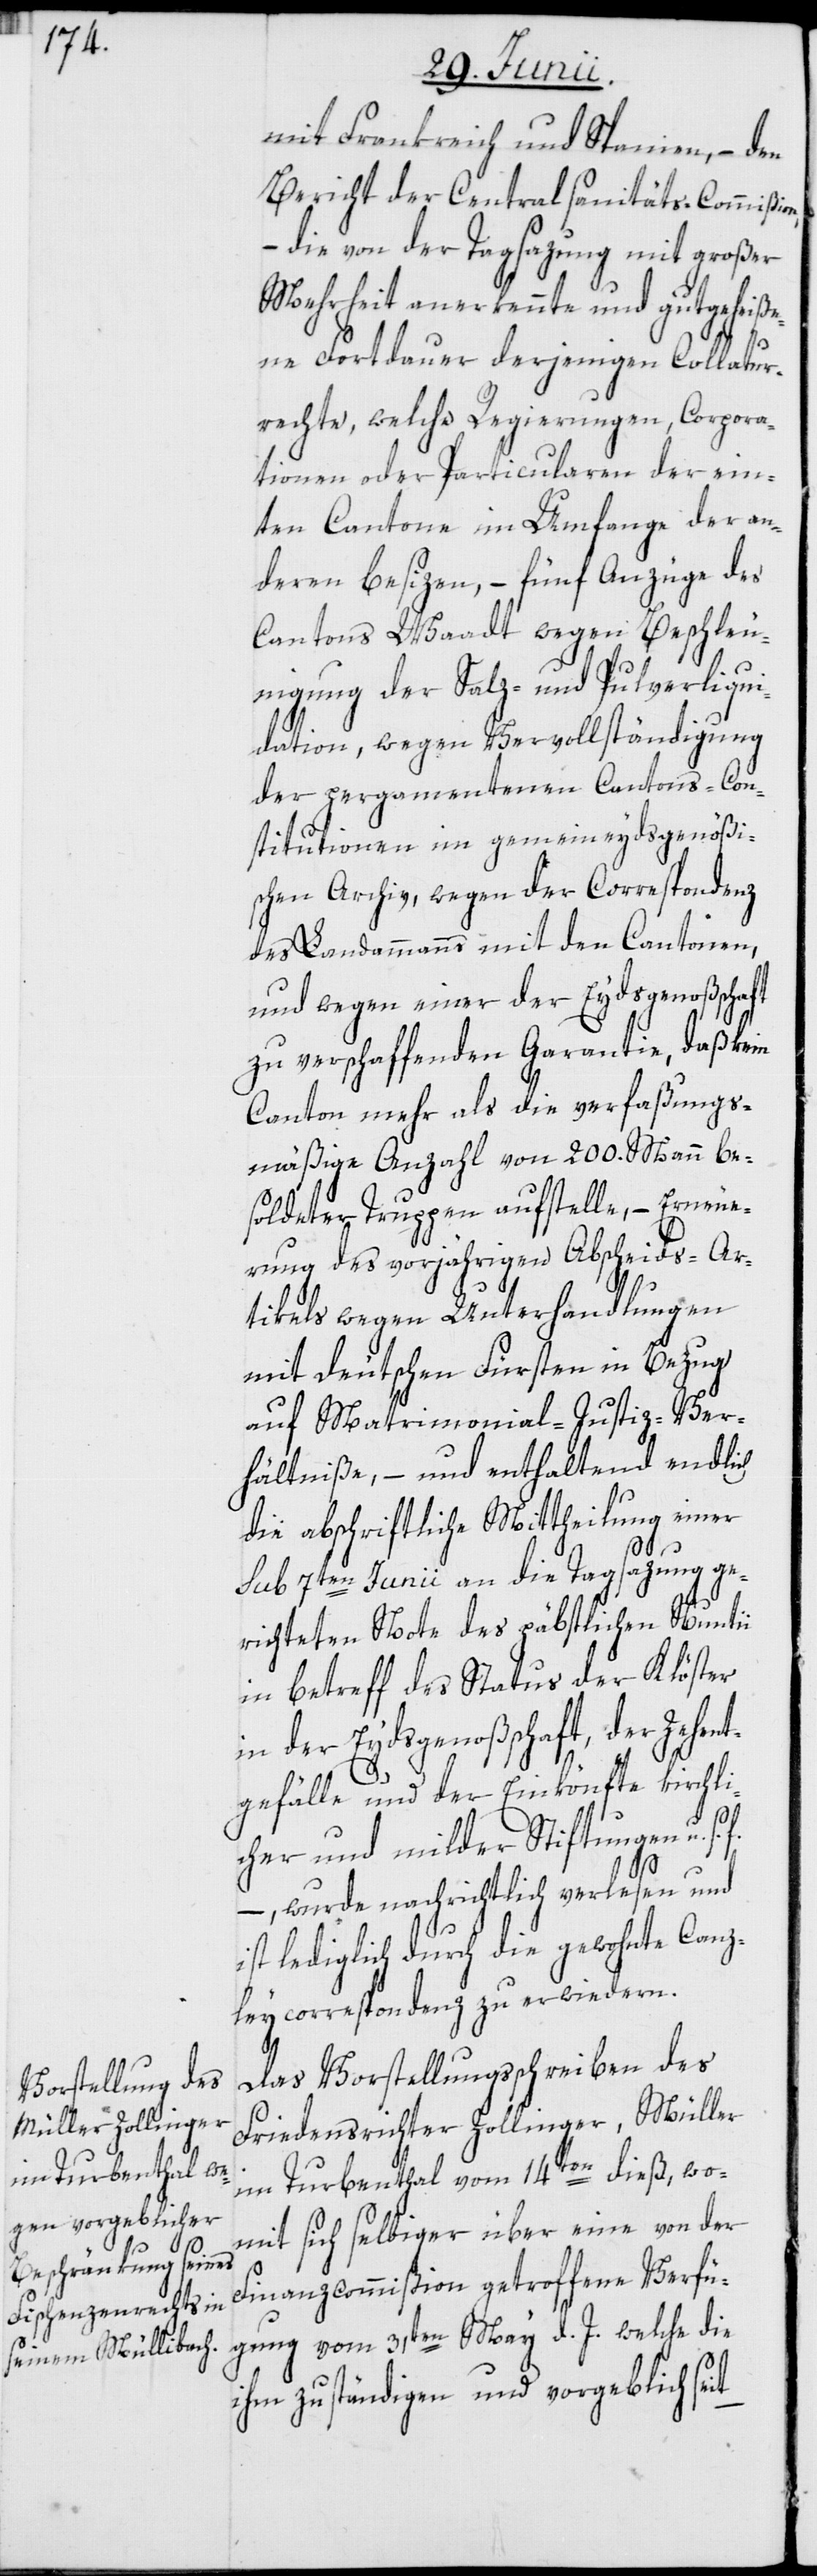
mit Frankreich und Spanien, – den
Bericht der Centralsanitäts-Commißio¬
– die von der Tagsazung mit großer
Mehrheit anerkennte und gutgeheiße¬
ne Fortdauer derjenigen Collatur¬
rechte, welche Regierungen, Corpora¬
tionen oder Particularen der ein¬
ten Cantone im Umfange der an¬
deren besizen, – fünf Anzüge des
Cantons Waadt wegen Beschleu¬
nigung der Salz- und Pulverliqui¬
dation, wegen Vervollständigung
der pergamentenen Cantons-Con¬
stitutionen im gemeineydsgenößi¬
schen Archiv, wegen der Correspondenz
des Landammanns mit den Cantonen,
und wegen einer der Eydsgenoßschaft
zu verschaffenden Garantie, daß kein
Canton mehr als die verfaßungs¬
mäßige Anzahl von 200. Mann be¬
soldeter Truppen aufstelle, – Erneue¬
rung des vorjährigen Abscheids-Ar¬
tikels wegen Unterhandlungen
mit Deutschen Fürsten in Bezug
auf Matrimonial-Justiz-Ver¬
hältniße, – und enthaltend endlich
die abschriftliche Mittheilung einer
sub 7ten Junii an die Tagsazung ge¬
richteten Note des päbstlichen Nuntii
in betreff des Status der Klöster
in der Eydsgenoßschaft, der Zehen¬
t¬
gefälle und der Einkönfte kirchli¬
n,
cher und milder Stiftungen u. s.
–, wurde nachrichtlich verlesen und
ist lediglich durch die gewohnte Canz¬
leycorrespondenz zu erwiedern.
Das Vorstellungsschreiben des
Friedensrichter Zollinger, Müller
im Turbenthal vom 14ten dieß, wo¬
mit sich selbiger über eine von der
Finanzcommißion getroffene Verfü¬
gung vom 31ten May d. J. welche die
ihm zuständigen und vorgeblich seit